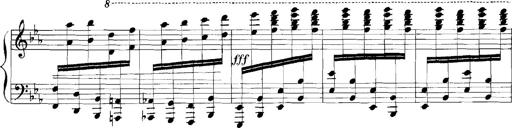
Title: Rhapsodies hongroises
Composer: Franz Liszt